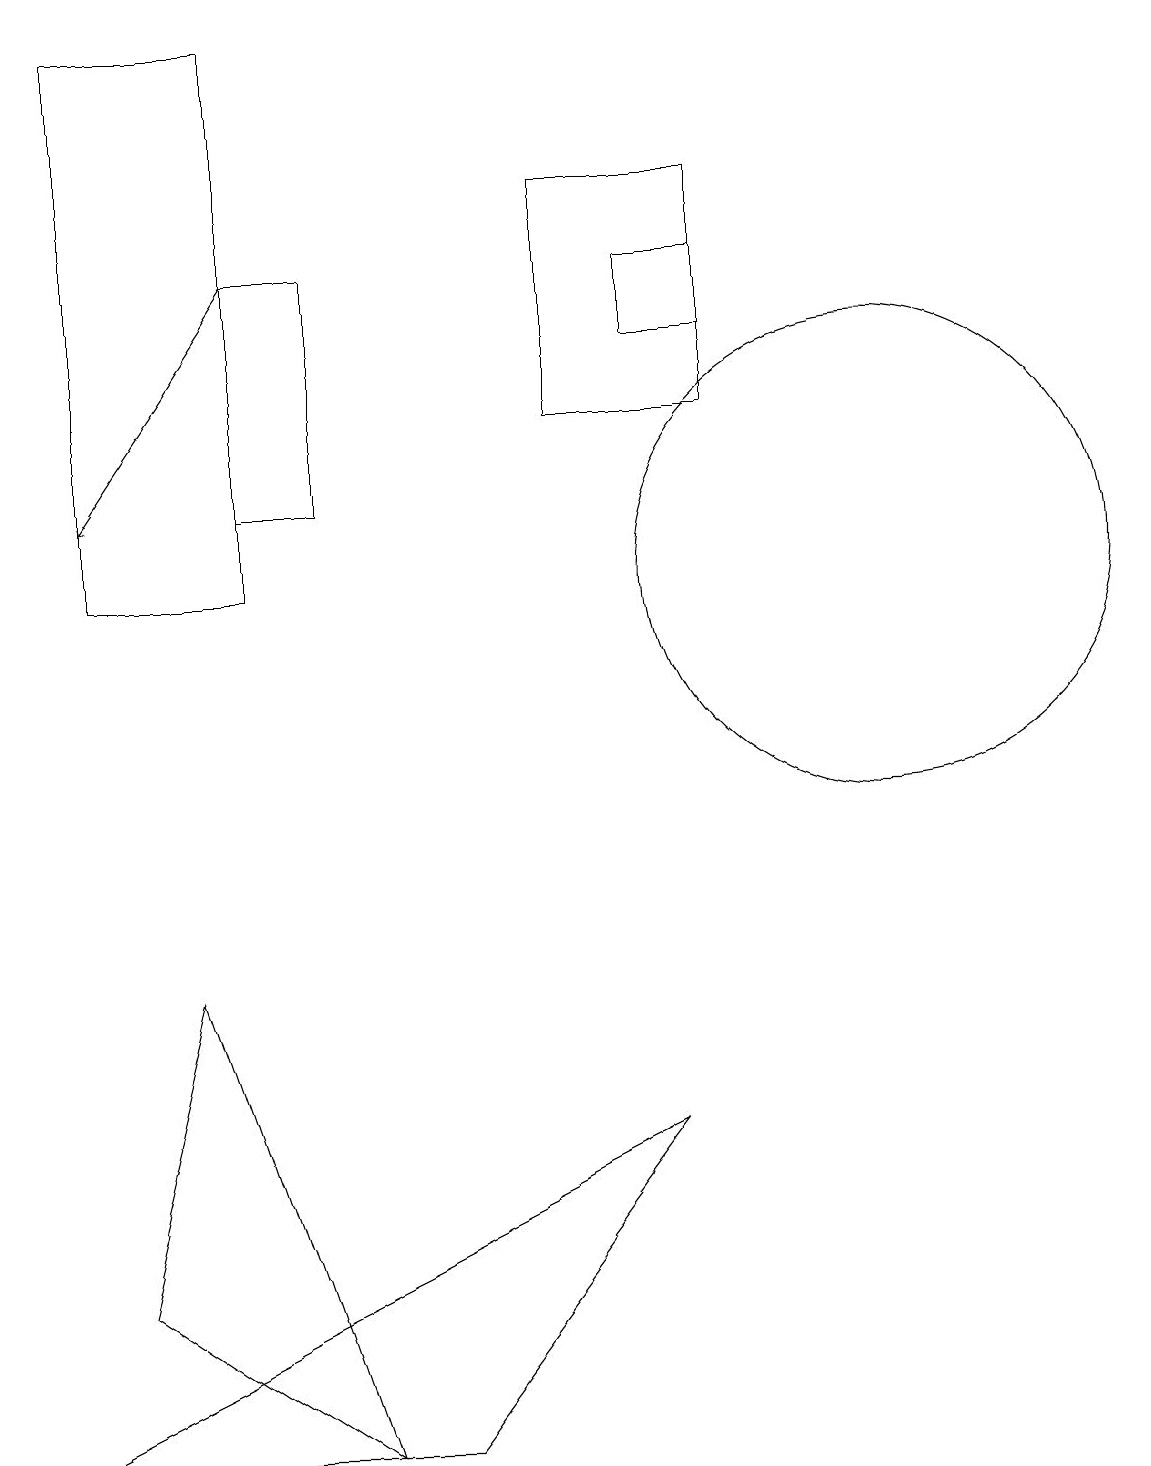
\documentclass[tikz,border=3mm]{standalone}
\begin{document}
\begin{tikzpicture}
\draw[->] (3,16) -- (1,13);
\draw (7,14) rectangle (9,17);
\draw (4,16) rectangle (3,13);
\draw (3,12) rectangle (1,19);
\draw (2,7) -- (1,3) -- (4,1) -- cycle;
\draw (8,16) rectangle (9,15);
\draw (11,12) circle (3);
\draw (5,1) -- (0,1) -- (8,5) -- cycle;
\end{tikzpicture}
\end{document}